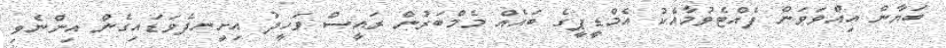
ބަޔާން އިއްވަވަން ފެއްޓެވުމާއެކު އެމްޑީޕީގެ ބައެއް މެމްބަރުން ރައީސް ވަހީދު އިށީނދެވަޑައިގެން އިންނެވި